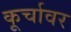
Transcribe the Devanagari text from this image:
कूर्चावर